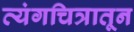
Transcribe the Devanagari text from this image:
व्यंगचित्रातून